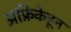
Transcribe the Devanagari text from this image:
अफ्रिकेहून